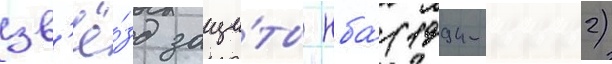
зв'ё́зд защи́ты нба́ (1994-2002)